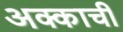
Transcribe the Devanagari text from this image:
अक्काची